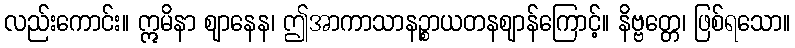
လည်းကောင်း။ ဣမိနာ ဈာနေန၊ ဤအာကာသာနဉ္စာယတနဈာန်ကြောင့်။ နိဗ္ဗတ္တေ၊ ဖြစ်ရသော။